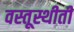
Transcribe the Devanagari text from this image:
वस्तूस्थीती